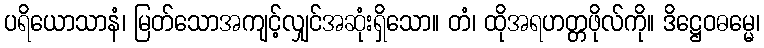
ပရိယောသာနံ၊ မြတ်သောအကျင့်လျှင်အဆုံးရှိသော။ တံ၊ ထိုအရဟတ္တဖိုလ်ကို။ ဒိဋ္ဌေဝဓမ္မေ၊